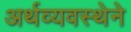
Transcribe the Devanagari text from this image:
अर्थव्यवस्थेने